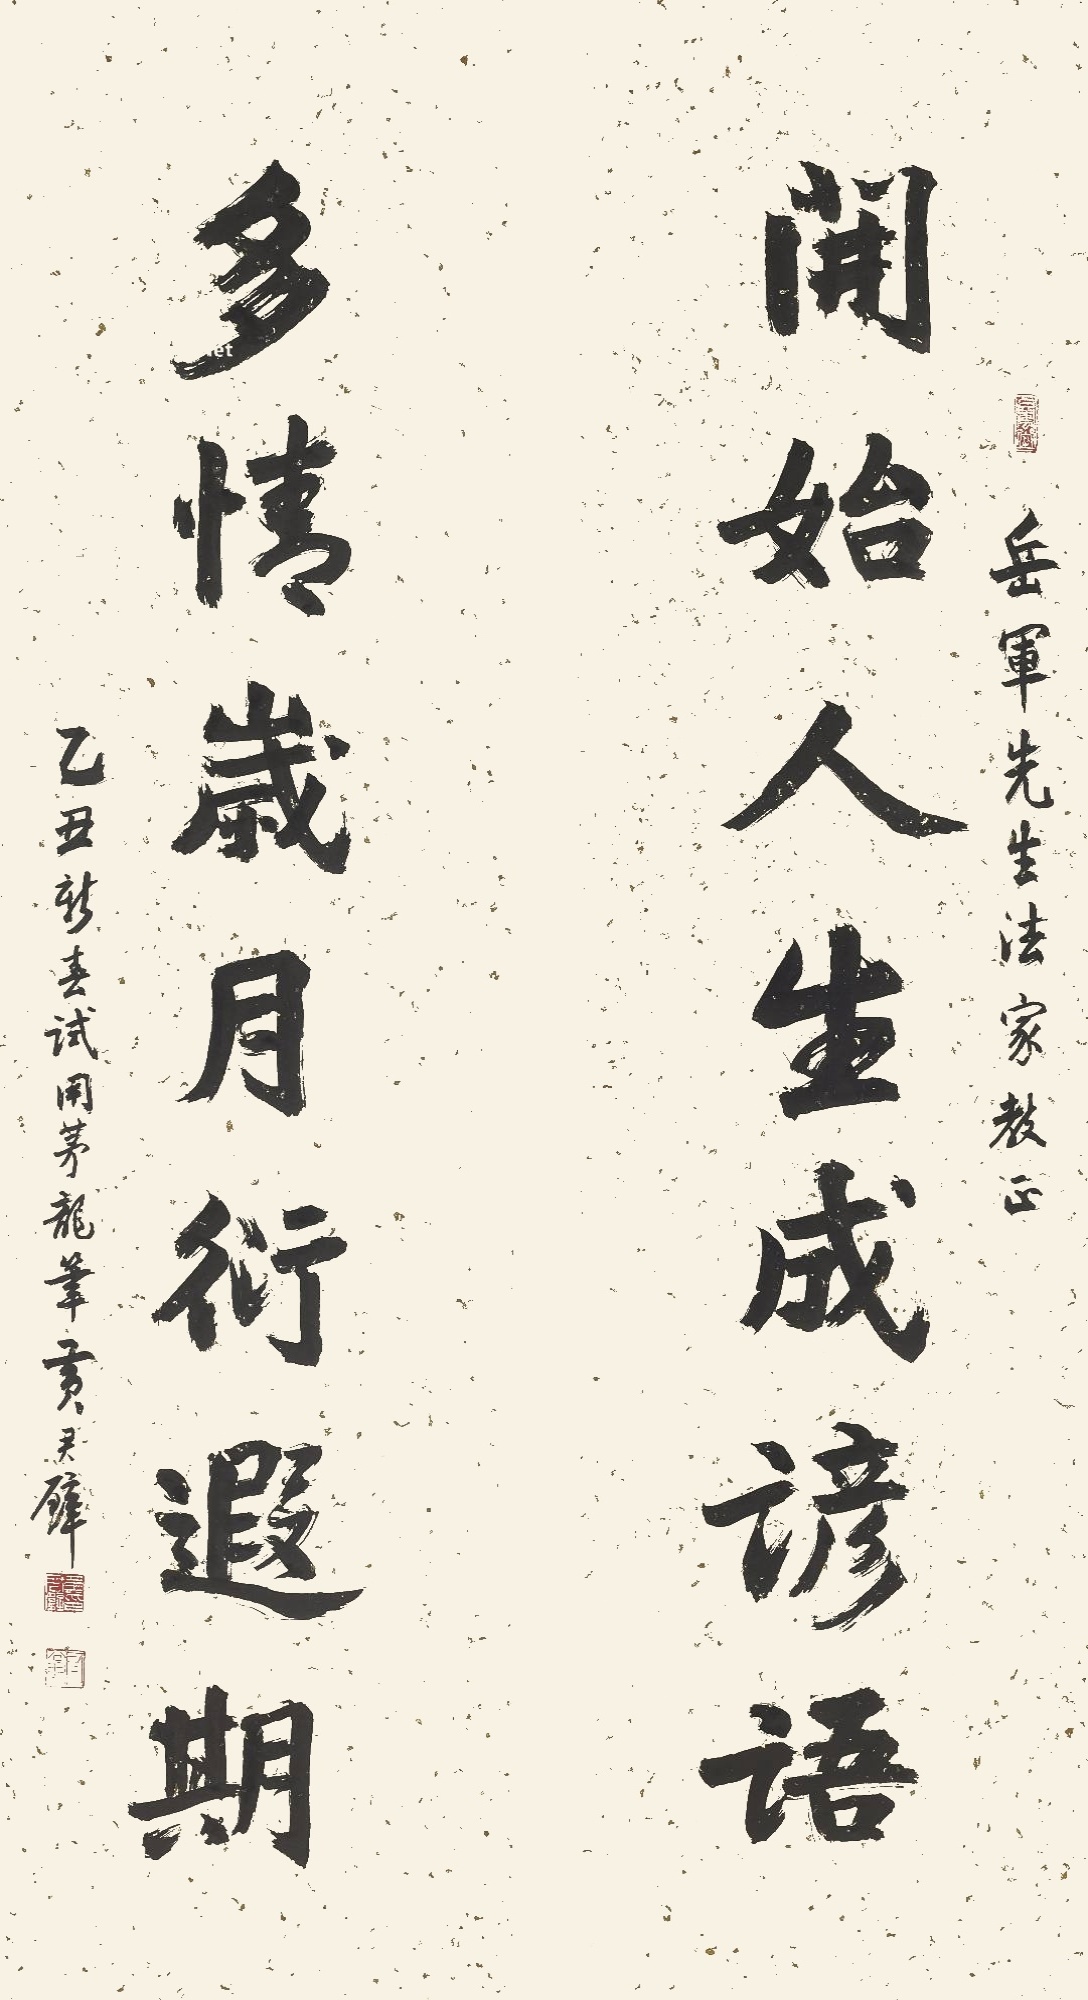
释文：开始人生成谚语，多情岁月衍遐期。岳军先生法家教正。乙丑新春试用茅龙笔。黄君璧。